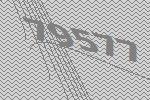
79577